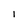
Character: 1